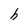
Character: h